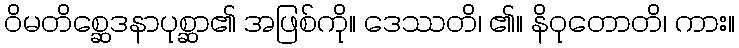
ဝိမတိစ္ဆေဒနာပုစ္ဆာ၏ အဖြစ်ကို။ ဒေဿတိ၊ ၏။ နိဝုတောတိ၊ ကား။